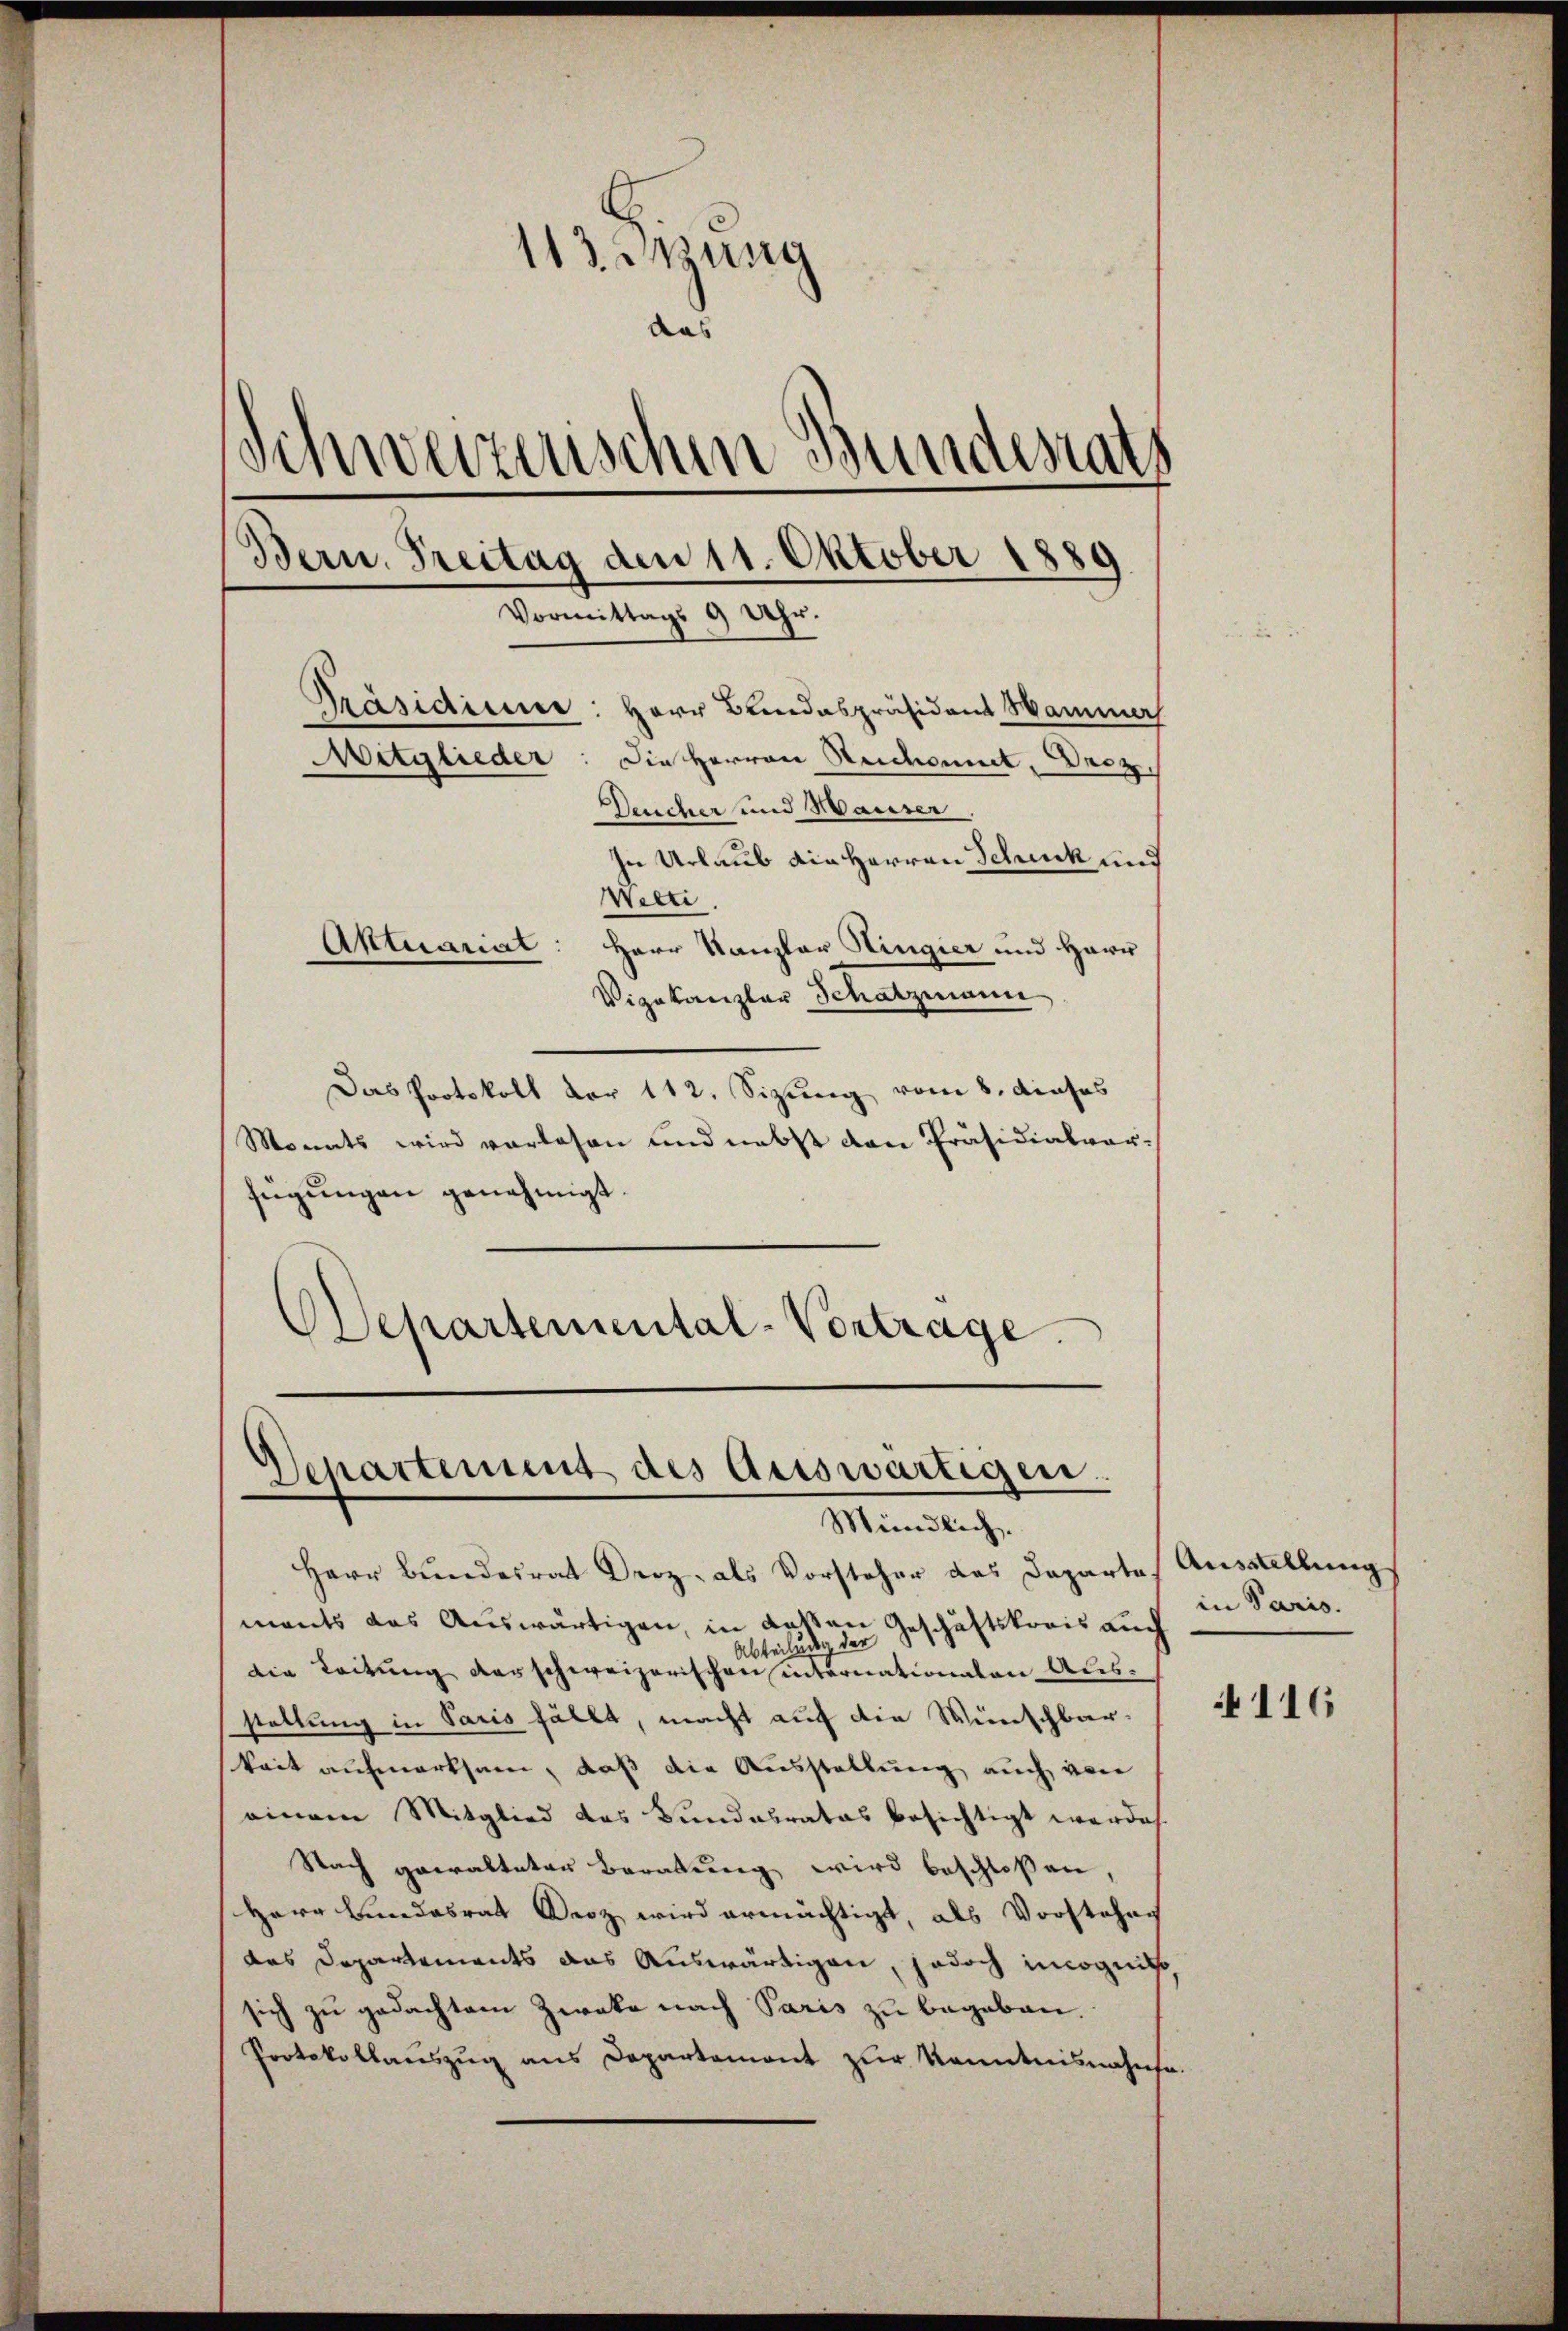
113 ung
das
Schweizerischen Bundesrats
Bern. Freitag den 11. Oktober 1889
Vormittags 9 Uhr.
Pasidium
Herr Bandespräsident Hammer
Mitglieder
Die Herren Reichsmut, Decz
Deucher und Hauser

In Urlaub ain Herren Schick und
Welti.
Aktuariat: Herr Kanzler Hingier und Harr
Vizekanzler Schatzmann
Das Protokoll vor 112. Sizung vom 8. dieses
Monats wird vorlesen und nebst von Präsidialvorfügŭngen genehmigt.
DDepartemental-Vortrage.

Departement des Actswärtigen.
Mündlich.

Herr Bundesrat Droz. als Vorsteher das Daparte.
ments das Auswärtigen, in deßen Geschäftskrais auch
Abteilung der
die Leitung derschweizerischen internationaten Aus-
stellung in Paris fällt, macht auf die Wünschbar-
keit aufmerksam, daß die Ausstellung auch von
einem Mitglied das Fundalrates besichtigt werde
Nach gewalteten Beratung wird beschloßen,
Herr Bundesrat Deoz wird ermächtigt, als Vorstehen
das Departements das Auswärtigen, jedoch imognit
sich zu gedachtem Zweke nach Paris zu begeben.
Protokollanszŭg ans Departement zŭr Kenntnisnahmsa.

Ausstellung
in Paris.

116